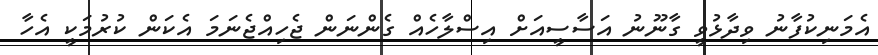
އެމަނިކުފާނު ވިދާޅުވީ ގާނޫނު އަސާސީއަށް އިސްލާހެއް ގެންނަން ޖެހިއްޖެނަމަ އެކަން ކުރުމަކީ އެހާ